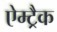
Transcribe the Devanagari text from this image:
ऐम्ट्रैक